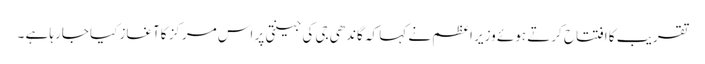
تقریب کا افتتاح کرتے ہوئے وزیر اعظم نے کہا کہ گاندھی جی کی جینتی پر اس مرکز کاآغاز کیا جارہا ہے ۔